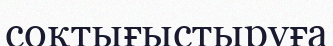
соқтығыстыруға